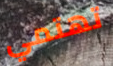
تهتمي